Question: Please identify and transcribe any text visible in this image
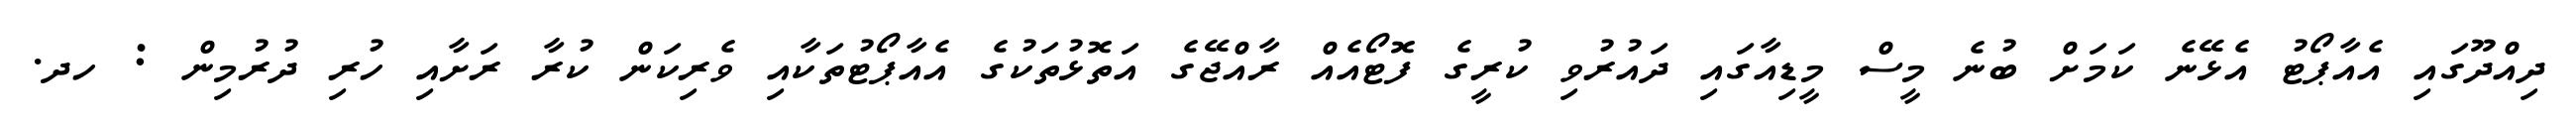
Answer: ދިއްދޫގައި އެއާޕޯޓު އެޅޭނެ ކަމަށް ބުނެ މީސް މީޑިއާގައި ދައުރުވި ކުރީގެ ފޮޓޯއެއް ރާއްޖޭގެ އަތޮޅުތަކުގެ އެއާޕޯޓުތަކާއި ވެރިކަން ކުރާ ރަށާއި ހުރި ދުރުމިން : ހދ.